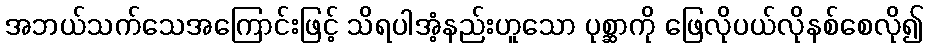
အဘယ်သက်သေအကြောင်းဖြင့် သိရပါအံ့နည်းဟူသော ပုစ္ဆာကို ဖြေလိုပယ်လိုနစ်စေလို၍